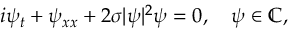
i \psi _ { t } + \psi _ { x x } + 2 \sigma | \psi | ^ { 2 } \psi = 0 , \quad \psi \in \mathbb { C } ,